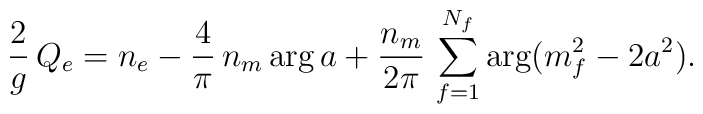
{2\over g}\, Q_e = n_e-{4\over\pi }\, n_m \arg a+{n_m\over 2\pi}\,\sum _{f=1}^{N_f}\arg (m_f^2-2a^2).